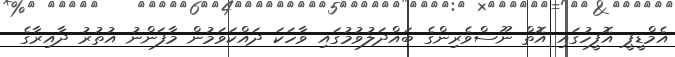
އެމްޑީޕީ އޮފީހުގައި އޮތް ނޫސްވެރިންގެ ބައްދަލުވުމުގައި ވާހަކަ ދައްކަވަމުން މާފަންނު އުތުރު ދާއިރާގެ